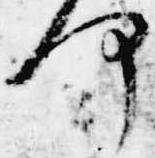
何